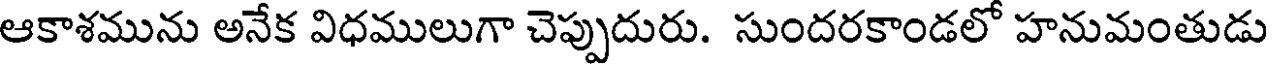
ఆకాశమును అనేక విధములుగా చెప్పుదురు. సుందరకాండలో హనుమంతుడు